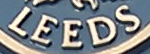
LEEDS